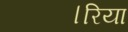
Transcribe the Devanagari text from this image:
।रिया